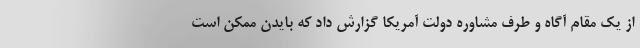
از یک مقام آگاه و طرف مشاوره دولت آمریکا گزارش داد که بایدن ممکن است